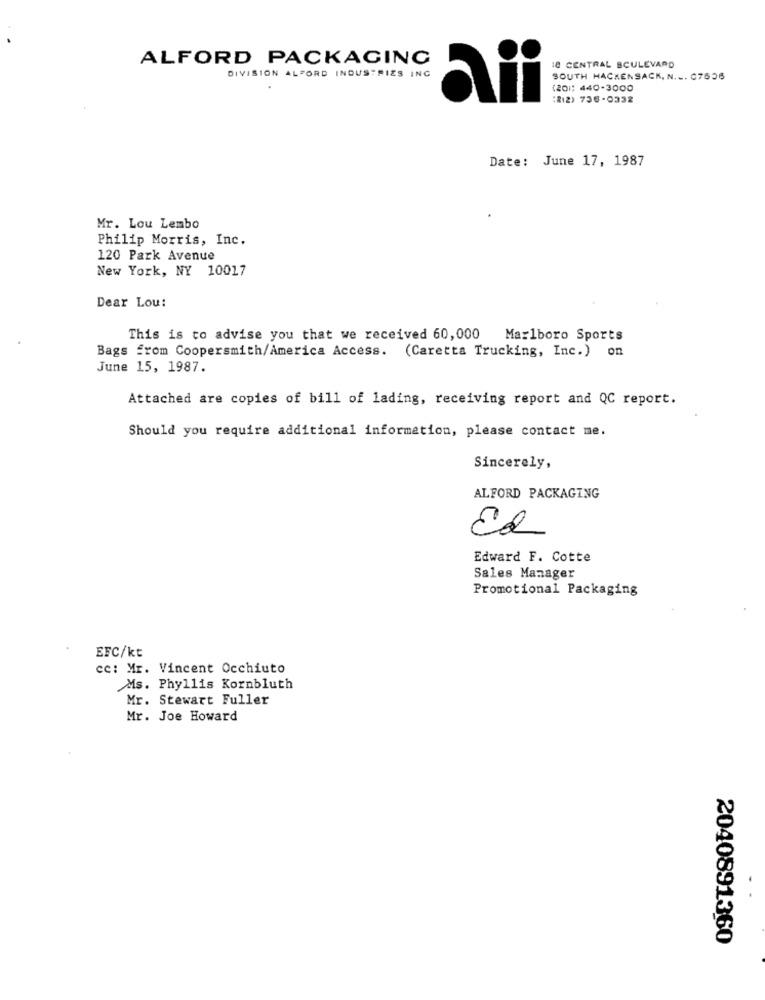
ALFORD PACKAGING
18 CENTRAL SCULEVARD
DIVISION ALFORD INDUSTRIES INC
SOUTH HACKENSACK, N ... 07656
(201: 440-3000
aii
:212) 736-0332
Date: June 17, 1987
Mr. Lou Lembo
Philip Morris, Inc.
120 Park Avenue
New York, NY 10017
Dear Lou:
This is to advise you that we received 60,000 Marlboro Sports
Bags from Coopersmith/America Access. (Caretta Trucking, Inc.) on
June 15, 1987.
Attached are copies of bill of lading, receiving report and QC report.
Should you require additional information, please contact me.
Sincerely,
ALFORD PACKAGING
Ed
Edward F. Cotte
Sales Manager
Promotional Packaging
EFC/kt
cc: Mr. Vincent Occhiuto
Ms. Phyllis Kornbluth
Mr. Stewart Fuller
Mr. Joe Howard
2040891360